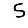
Digit: 5